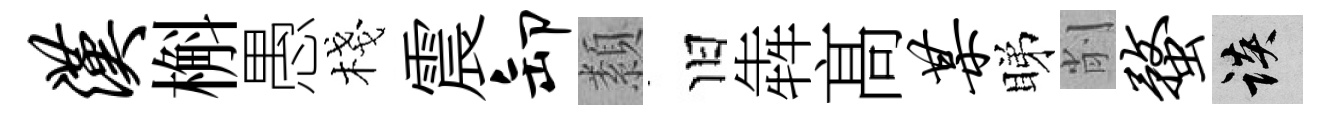
汉槲愚棧震卸纇旧犇髙某睇削蝥談